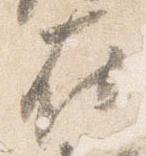
在